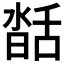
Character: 𦧥